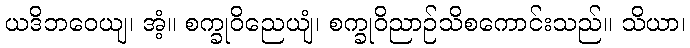
ယဒိဘဝေယျ၊ အံ့။ စက္ခုဝိညေယျံ၊ စက္ခုဝိညာဉ်သိစကောင်းသည်။ သိယာ၊